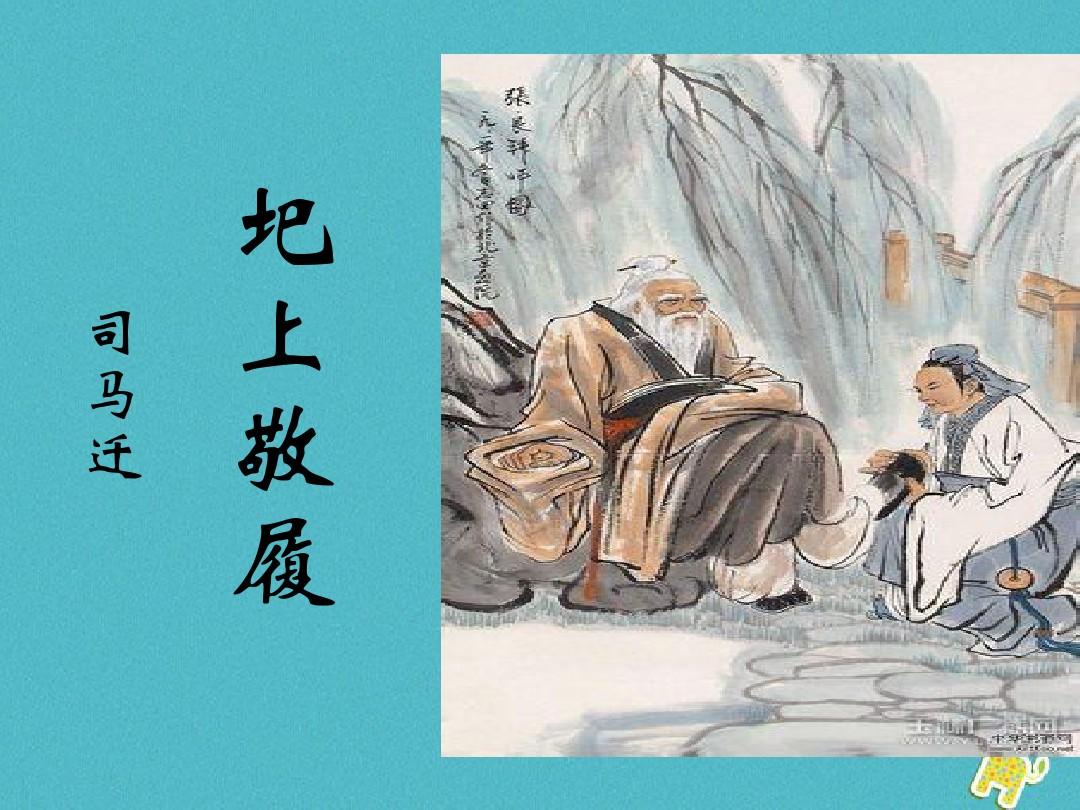
四牡何时入，吾君忆履声。